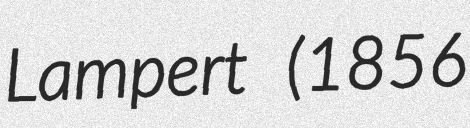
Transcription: Lampert (1856